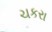
ચકરા